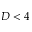
D < 4